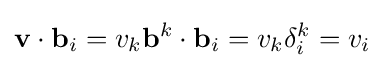
\mathbf {v} \cdot \mathbf {b} _{i}=v_{k}\mathbf {b} ^{k}\cdot \mathbf {b} _{i}=v_{k}\delta _{i}^{k}=v_{i}